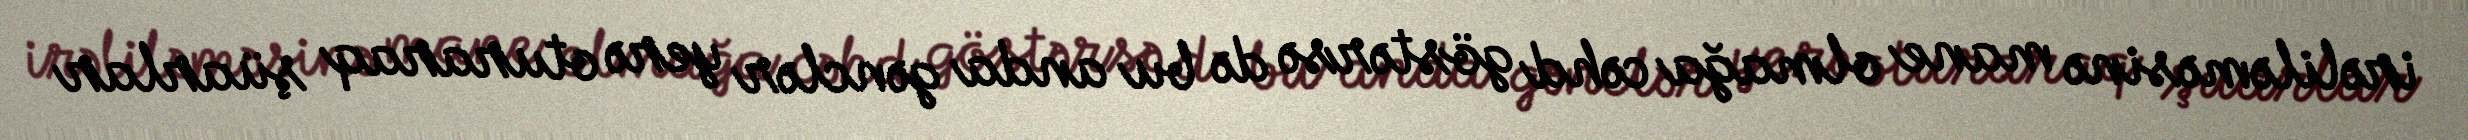
irəliləməsinə mane olmağa cəhd göstərsə də bu anda gənclər yerə oturaraq şüarlar